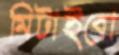
মিটাইবো